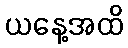
ယနေ့အထိ